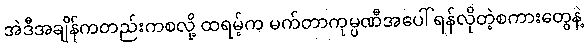
အဲဒီအချိန်ကတည်းကစလို့ ထရမ့်က မက်တာကုမ္ပဏီအပေါ် ရန်လိုတဲ့စကားတွေနဲ့